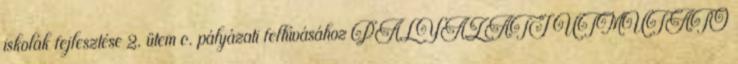
iskolák fejlesztése 2. ütem c. pályázati felhívásához PÁLYÁZATI ÚTMUTATÓ